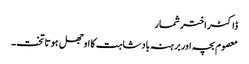
ڈاکٹراختر شمار
معصوم بچہ اور برہنہ بادشاہت کا اوجھل ہوتا تخت۔